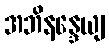
အဘိနန္ဒေယျ